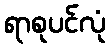
ရာစုပင်လုံ